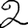
Digit: 2